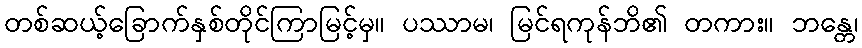
တစ်ဆယ့်ခြောက်နှစ်တိုင်ကြာမြင့်မှ။ ပဿာမ၊ မြင်ရကုန်ဘိ၏ တကား။ ဘန္တေ၊